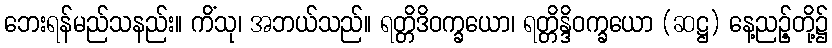
ဘေးရန်မည်သနည်း။ ကိံသု၊ အဘယ်သည်။ ရတ္တိဒိဝက္ခယော၊ ရတ္တိန္ဒိဝက္ခယော (ဆဋ္ဌ) နေ့ညဉ့်တို့၌